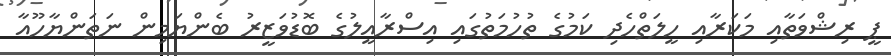
ޕީ ރިޝްވަތާއި މަކަރާއި ހީލަތްހެދި ކަމުގެ ތުހުމަތުގައި އިސްރާއީލުގެ ބޮޑުވަޒީރު ބެންޔަމިން ނަތަންޔާހޫއާ